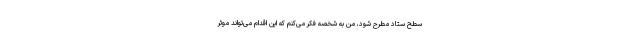
سطح ستاد مطرح شود، من به شخصه فکر می‌کنم که این اقدام می‌تواند موثر